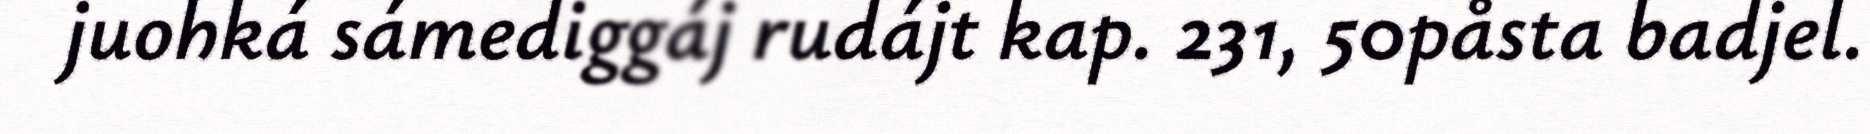
juohká sámediggáj rudájt kap. 231, 50påsta badjel.